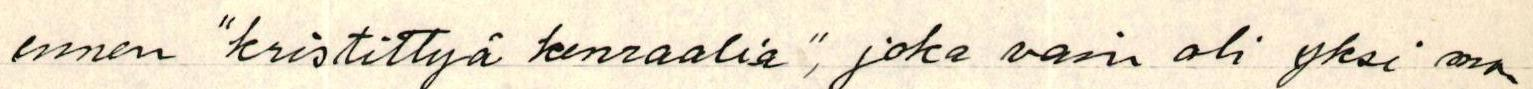
ennen "kristittyä kenraalia", joka vain oli yksi mo-